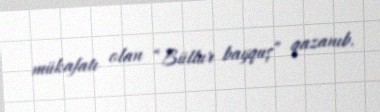
mükafatı olan “Büllur bayquş” qazanıb.